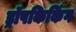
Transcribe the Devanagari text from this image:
ड्रॉपकिकिंग